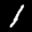
Label: 1